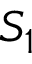
S _ { 1 }